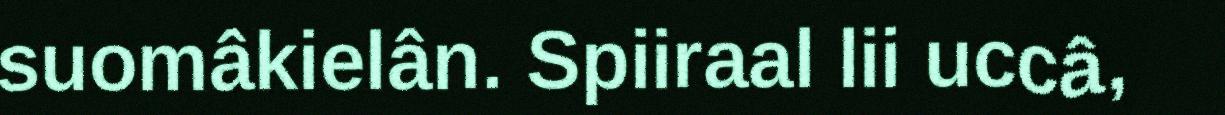
suomâkielân. Spiiraal lii uccâ,